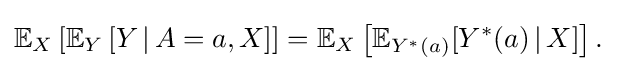
{\begin{aligned}\mathbb {E} _{X}\left[\mathbb {E} _{Y}\left[Y\,|\,A=a,X\right]\right]=\mathbb {E} _{X}\left[\mathbb {E} _{Y^{*}(a)}[Y^{\ast }(a)\,|\,X]\right].\end{aligned}}